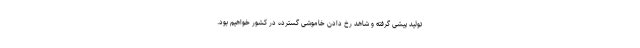
تولید پیشی گرفته و شاهد رخ دادن خاموشی گسترده در کشور خواهیم بود.